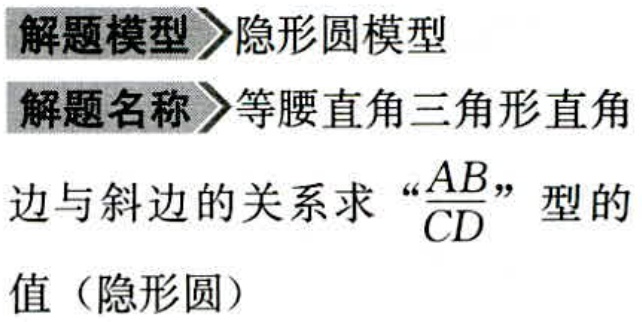
解题模型>隐形圆模型
解题名称>等腰直角三角形直角
边与斜边的关系求“\(\frac{AB}{CD}\)”型的
值（隐形圆）